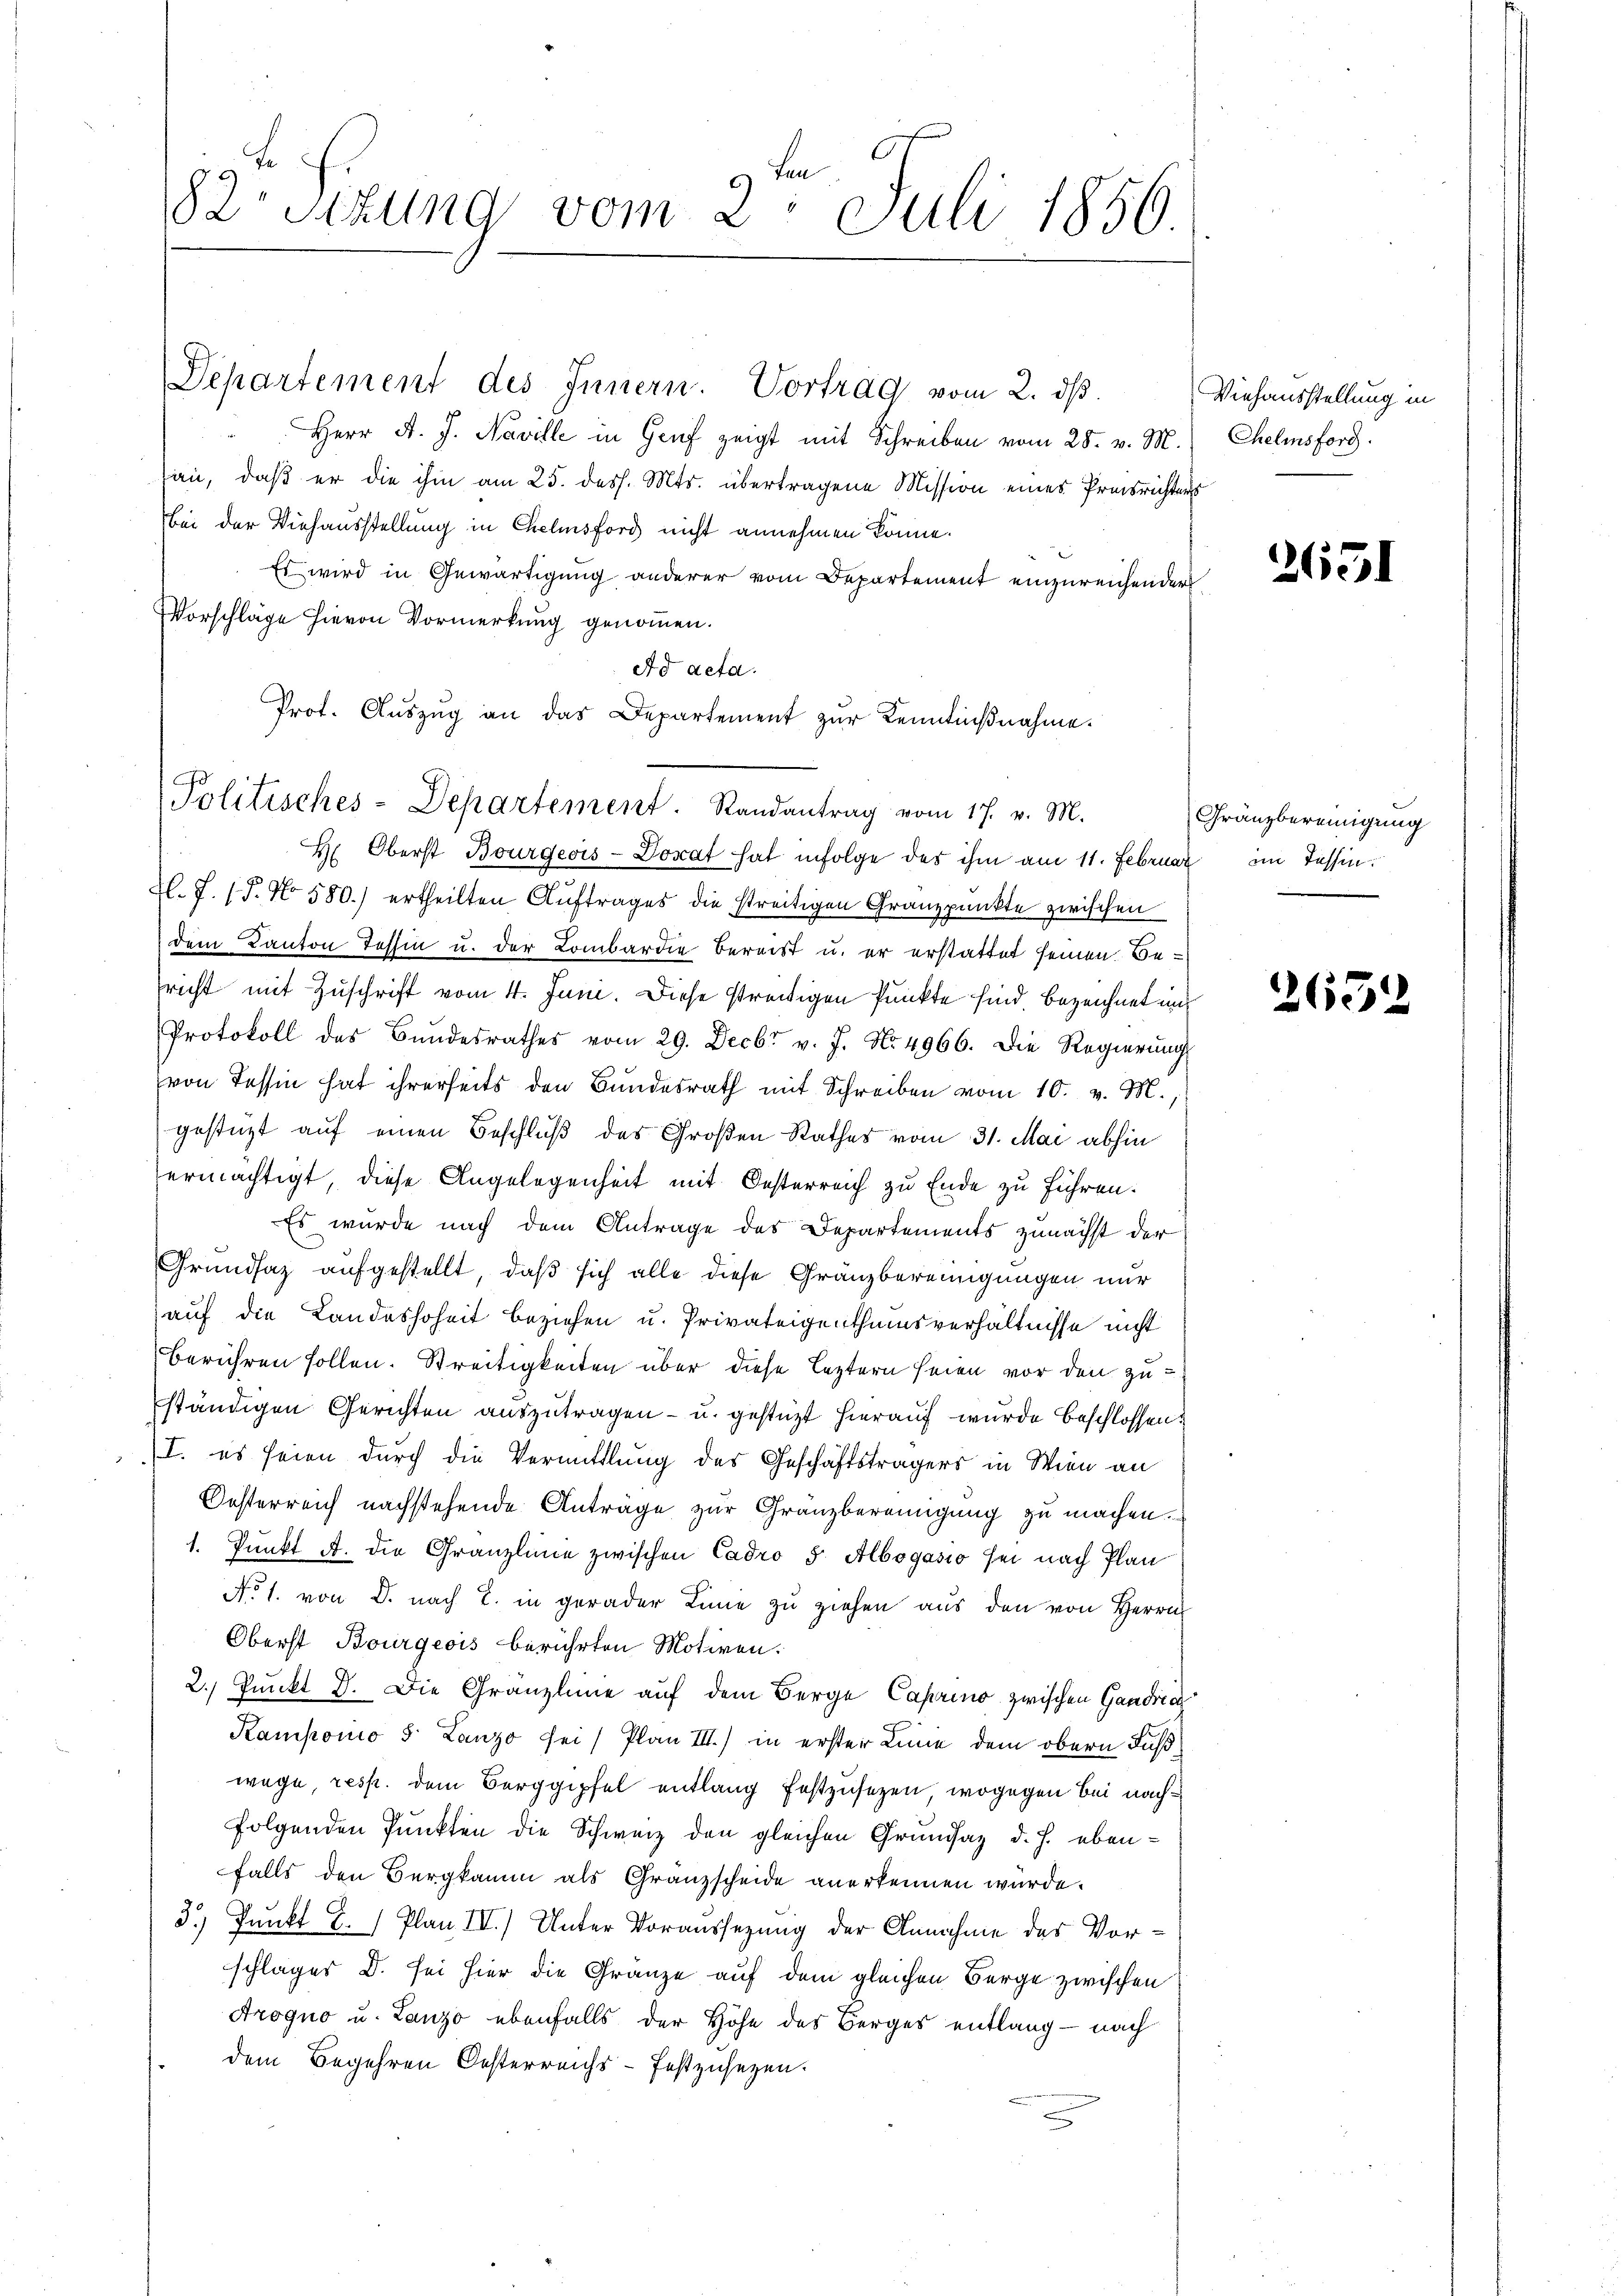
82. Sizung vom 2. Juli 1856

Departement des Innern. Vortrag vom 2. dβ.
Herr A. J. Naville in Genf zeigt mit Schreiben vom 28. v. M.
an, daß er die ihm am 25. dess. Mts. übertragene Mission eines Preisrichters
Bei der Viehausstellung in Chelmsford nicht annehmen könne.
Es wird in Gewärtigung anderer vom Departement einzureichender
Vorschläge hievon Vormerkung genommen.
Ad acta.
Prot. Auszug an das Departement zur Kenntnißnahme.
H: Oberst Bourgeois-Donat hat infolge des ihm am 11. Februar im Tessin.
.J. (T. No 580.) ertheilten Auftrages die streitigen Granzpunkte zwischen
dem Kanton Tessin u. der Lombardie bereist u. er erstattet seinen Besricht mit Zuschrift vom 4. Juni. Diese streitigen Punkte sind. Bezeichnet und
Protokoll des Bŭndesrathes vom 29. Decbr v. J. No. 4966. Die Regierŭng
von Tessin hat ihrerseits den Bundesrath mit Schreiben vom 10. v. M.
gestützt auf einen Beschluß des Großen Rathes vom 31. Mai abhin
ermächtigt, diese Angelegenheit mit Oesterreich zu Ende zu führen.
Es wurde nach dem Antrage des Departements zunächst der
Grundsaz aufgestellt, daß sich alle diese Gränzbereinigungen nur
auf die Landeshoheit beziehen u. Privateigenthumsverhältnisse nicht
berühren sollen. Streitigkeiten über diese leztern seien vor den zuständigen Gerichten auszutragen- u. gestüzt hierauf wurde beschlossen:
I. es seien durch die Vermittlung des Geschäftsträgers in Wien an
Oesterreich nachstehende Anträge zur Gränzbereinigung zu machen.
1. Punkt A. die Granzlinie zwischen Cadro 5. Albogasio sei nach Plan
No. 1. von D. nach L. in gerader Linie zu ziehen aus den von Herrn
Oberst Bourgeois berührten Motiven.
2. Punkt D. Die Granzleine auf dem Berge Caprino zwischen Gandrea
Kampono 3 Lanzo sei Plan III.) in erster Linie dem obern Fußwege, resp. dem Berggipfel entlang festzusetzen, wogegen bei nachfolgenden Punkten die Schweiz den gleichen Grundsaz d. h. eben-
falls den Bergkaum als Granzscheide anerkennen wurde.
3.) Punkt B. Plan III.) Unter Voraussezung der Annahme des Vorschläger D. sei hier die Gränze auf dem gleichen Berge zwischen
Arogno u. Lanzo ebenfalls der Höhe des Berges entlang - nach
dem Begehren Oesterreichs-Festzusetzen.

Politisches-Departement. Randantrag vom 17. v. M.

Viehausstellung in
Chelmsford

2651

Gränzbereinigung

2652